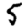
Digit: 5